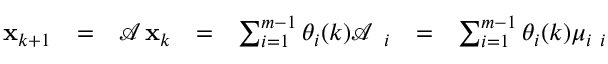
\begin{array} { c c c c c c c } { { \bf x } _ { k + 1 } } & { = } & { \mathcal { A } \, { \bf x } _ { k } } & { = } & { \sum _ { i = 1 } ^ { m - 1 } \theta _ { i } ( k ) \mathcal { A } \, { \bf \phi } _ { i } } & { = } & { \sum _ { i = 1 } ^ { m - 1 } \theta _ { i } ( k ) \mu _ { i } { \bf \phi } _ { i } } \end{array}